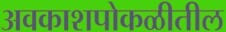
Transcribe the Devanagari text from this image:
अवकाशपोकळीतील